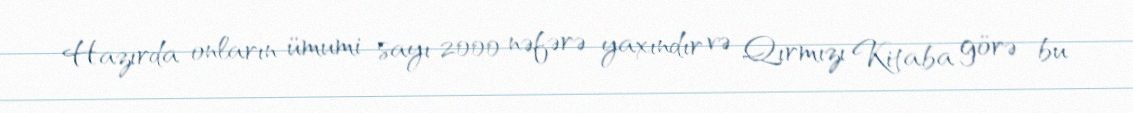
Hazırda onların ümumi sayı 2000 nəfərə yaxındır və Qırmızı Kitaba görə bu